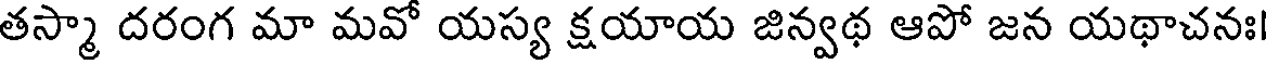
తస్మా దరంగ మా మవో యస్య క్షయాయ జిన్వథ ఆపో జన యథాచనః